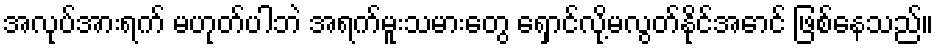
အလုပ်အားရက် မဟုတ်ပါဘဲ အရက်မူးသမားတွေ ရှောင်လို့မလွတ်နိုင်အောင် ဖြစ်နေသည်။